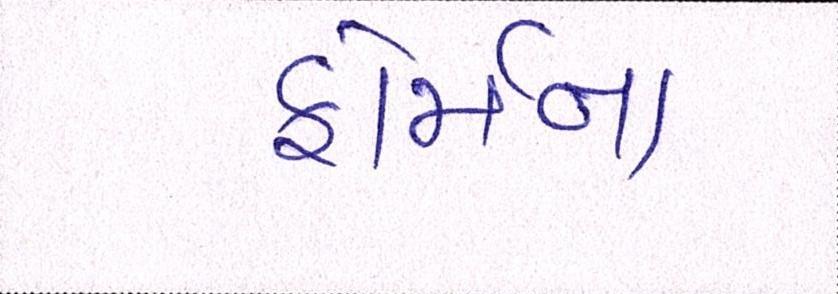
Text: ફોર્મના